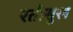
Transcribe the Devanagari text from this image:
रतीसुख